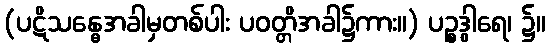
(ပဋိသန္ဓေအခါမှတစ်ပါး ပဝတ္တိအခါ၌ကား။) ပဉ္စဒွါရေ၊ ၌။